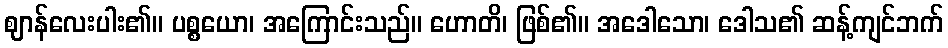
ဈာန်လေးပါး၏။ ပစ္စယော၊ အကြောင်းသည်။ ဟောတိ၊ ဖြစ်၏။ အဒေါသော၊ ဒေါသ၏ ဆန့်ကျင်ဘက်